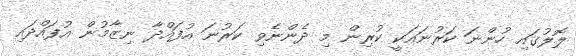
ލޮލުގައި ހުންނަ ކަރުނައަކީ ކުރިން މި ދެންނެވި ކަރުނަ އުފައްދާ ނިޒާމުން އުފައްދައި